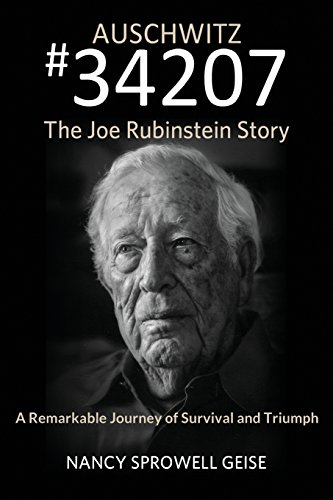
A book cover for Auschwitz #34207 The Joe Rubinstein Story; Nancy Sprowell Geise; Biographies & Memoirs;